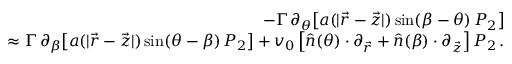
\begin{array} { r l r } & { } & { - \Gamma \, \partial _ { \theta } \big [ a ( | \vec { r } - \vec { z } | ) \, \mathrm { s i n } ( \beta - \theta ) \, P _ { 2 } \big ] } \\ & { } & { \approx \Gamma \, \partial _ { \beta } \big [ a ( | \vec { r } - \vec { z } | ) \, \mathrm { s i n } ( \theta - \beta ) \, P _ { 2 } \big ] + v _ { 0 } \left[ \hat { n } ( \theta ) \cdot \partial _ { \vec { r } } + \hat { n } ( \beta ) \cdot \partial _ { \vec { z } } \right] P _ { 2 } \, . } \end{array}